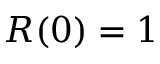
R ( 0 ) = 1